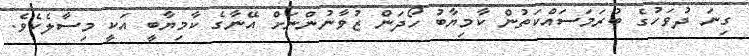
ގިނަ ދުވަހުގެ ބުރަމަސައްކަތުން ކާމިޔާބު ހޯދަން ޒުވާނުންނަށް އޭނާގެ ކާމިޔާބީ އަކީ މިސާލެކެވެ.